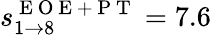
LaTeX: s_{1\rightarrow 8}^{\mathrm{~E~O~E~+~P~T~}}=7.6